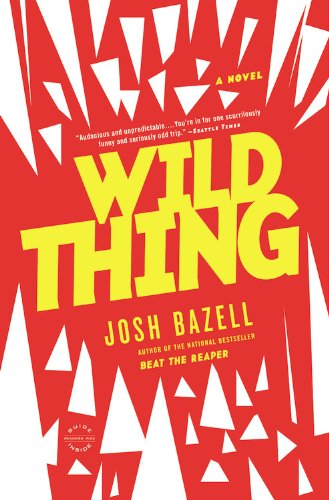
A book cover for Wild Thing: A Novel; Josh Bazell; Humor & Entertainment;